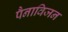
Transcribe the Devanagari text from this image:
पैनाविजन